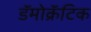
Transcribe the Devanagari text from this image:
डॅमोक्रॅटिक